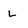
Character: L